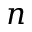
n